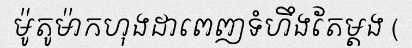
ម៉ូតូម៉ាកហុងដាពេញទំហឹងតែម្តង (